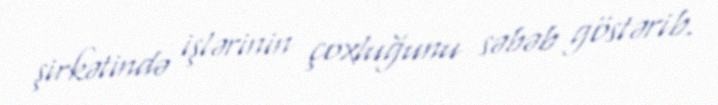
şirkətində işlərinin çoxluğunu səbəb göstərib.